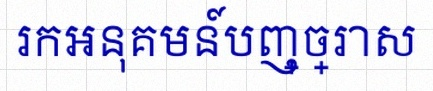
រកអនុគមន៍បញ្ច្រាស